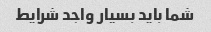
شما باید بسیار واجد شرایط